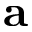
\bf { a }